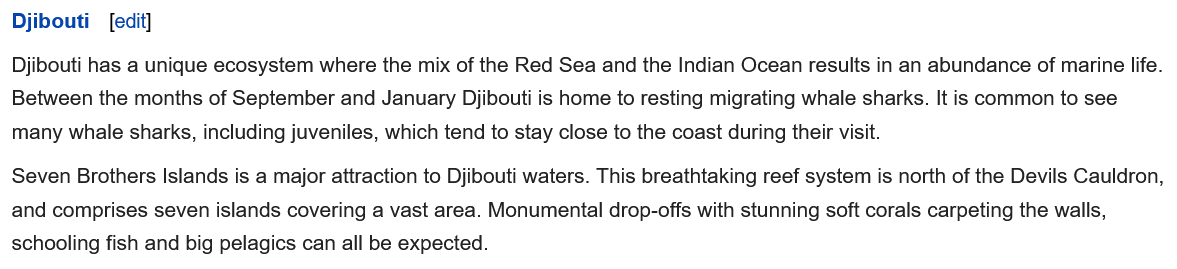
Djibouti [edit]
  Djibouti has a unique ecosystem where the mix of the Red Sea and the Indian Ocean results in an abundance of marine life.
  Between the months of September and January Djibouti is home to resting migrating whale sharks. It is common to see
  many whale sharks, including juveniles, which tend to stay close to the coast during their visit.
  Seven Brothers Islands is a major attraction to Djibouti waters. This breathtaking reef system is north of the Devils Cauldron,
  and comprises seven islands covering a vast area. Monumental drop-offs with stunning soft corals carpeting the walls,
  schooling fish and big pelagics can all be expected.